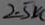
Text: 2.5K